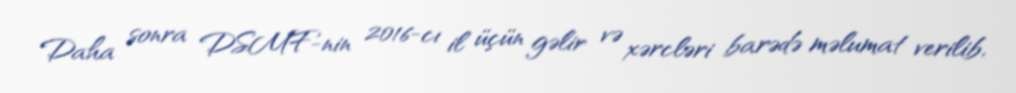
Daha sonra DSMF-nin 2016-cı il üçün gəlir və xərcləri barədə məlumat verilib,